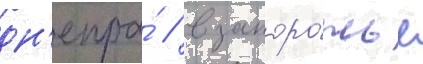
дн'епра́ / в запоро́жье